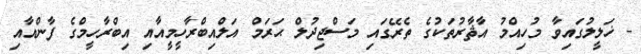
- ޚަލީލުގައިވާ މުހިއްމު އާޘާރުތަކުގެ ތެރޭގައި މަސްޖިދުލް ޙަރަމް އަލްއިބްރާހީމީއާއި އިބްރާހީމްގެ ފާންއާއި